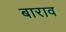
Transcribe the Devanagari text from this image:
बाराव